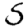
Digit: 5